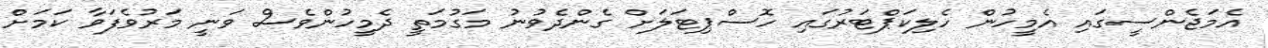
އެމަޖެންސީގައި އެމީހުން ހެލިކަޕްޓަރުގައި ހޮސްޕިޓަލަށް ގެންދެވުނު މަގުމަތީ ދެމީހުންވެސް ވަނީ މަރުވެފަވާ ކަމަށް